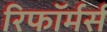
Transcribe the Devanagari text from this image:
रिफॉर्मर्स